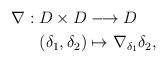
LaTeX: \begin{align*}\nabla: D\times D&\longrightarrow D\\(\delta_1,\delta_2)&\mapsto \nabla_{\delta_1}\delta_2,\end{align*}